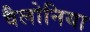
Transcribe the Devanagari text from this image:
वैलोनिया